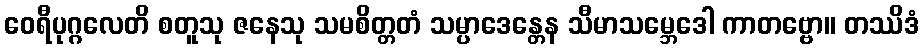
ဝေရီပုဂ္ဂလေတိ စတူသု ဇနေသု သမစိတ္တတံ သမ္ပာဒေန္တေန သီမာသမ္ဘေဒေါ ကာတဗ္ဗော။ တဿိဒံ